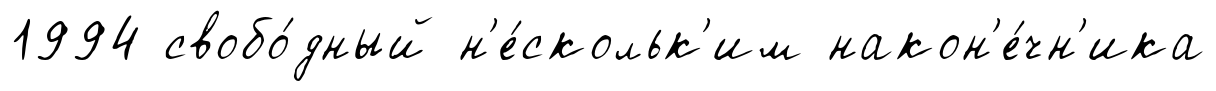
1994 свобо́дный н'е́скольк'им након'е́чн'ика